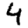
Digit: 4